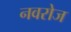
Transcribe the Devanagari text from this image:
नवरोज